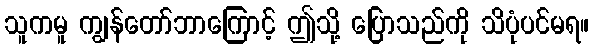
သူကမူ ကျွန်တော်ဘာကြောင့် ဤသို့ ပြောသည်ကို သိပုံပင်မရ။